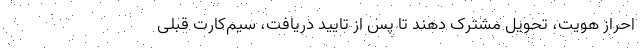
احراز هویت، تحویل مشترک دهند تا پس از تایید دریافت، سیم‌کارت قبلی